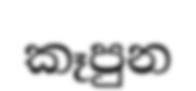
කෑපුන